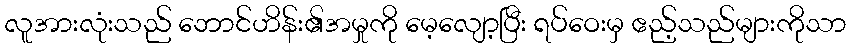
လူအားလုံးသည် ဘောင်ဟိန်း၏အမှုကို မေ့လျော့ပြီး ရပ်ဝေးမှ ဧည့်သည်များကိုသာ